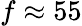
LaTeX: f\approx 55